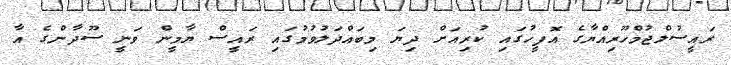
ރައީސުލްޖުމްހޫރިއްޔާގެ އޮފީހުގައި ކުރިއަށް ދިޔަ މިބައްދަލުވުމުގައި ރައީސް ޔާމީން ވަނީ ސޫދާންގެ އާ